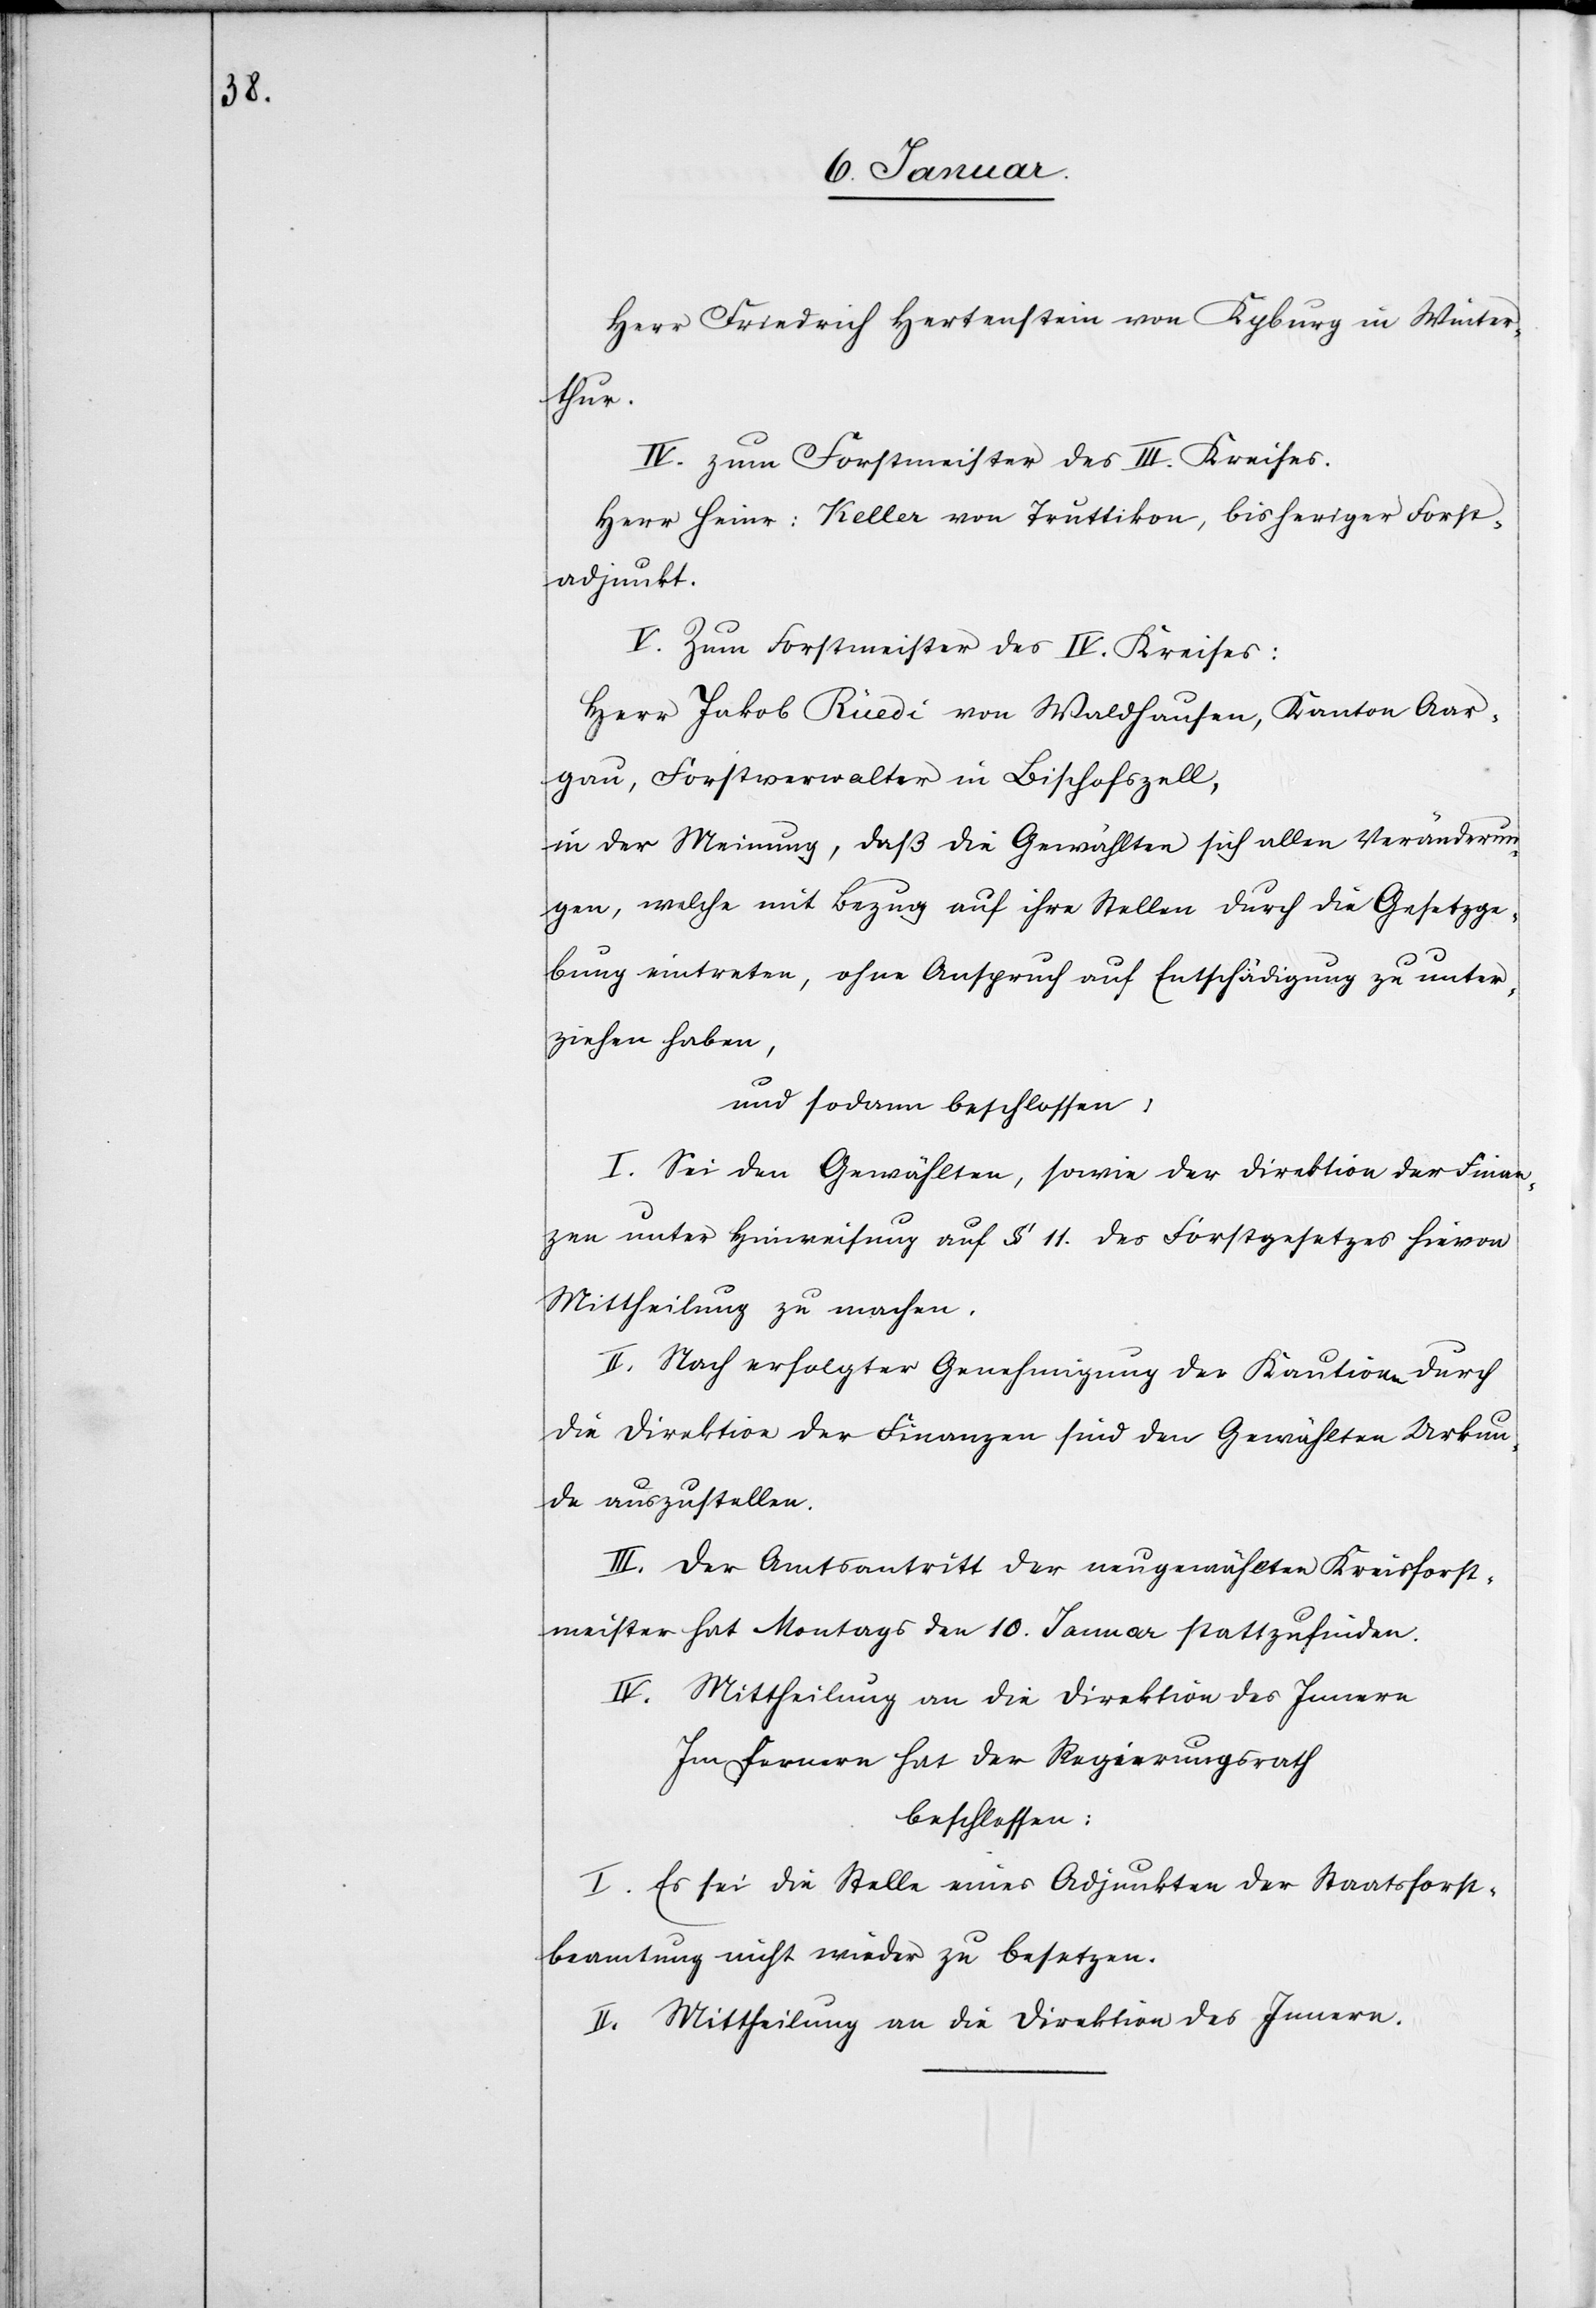
Herr Friedrich Hertenstein von Kyburg in Winter¬
thur.
IV. zum Forstmeister des III. Kreises:
Herr Heinr: Keller von Truttikon, bisheriger Forst¬
adjunkt.
V. Zum Forstmeister des IV. Kreises:
Herr Jakob Rüedi von Waldhausen, Kanton Aar¬
gau, Forstverwalter in Bischofszell,
in der Meinung daß die Gewählten sich allen Veränderun¬
gen, welche mit Bezug auf ihre Stellen durch die Gesetzge¬
bung eintreten, ohne Anspruch auf Entschädigung zu unter¬
ziehen haben,
und sodann beschlossen,
I. Sei den Gewählten, sowie der Direktion der Finan¬
zen unter Hinweisung auf § 11. des Forstgesetzes hievon
Mittheilung zu machen.
II. Nach erfolgter Genehmigung der Kautionen durch
die Direktion der Finanzen sind den Gewählten Urkun¬
den auszustellen.
III. Der Amtsantritt der neugewählten Kreisforst¬
meister hat Montags den 10. Januar stattzufinden.
IV. Mittheilung an die Direktion des Innern
Im Fernern hat der Regierungsrath
beschlossen:
I. Es sei die Stelle eines Adjunkten der Staatsforst¬
beamtung nicht wieder zu besetzen.
II. Mittheilung an die Direktion des Innern.